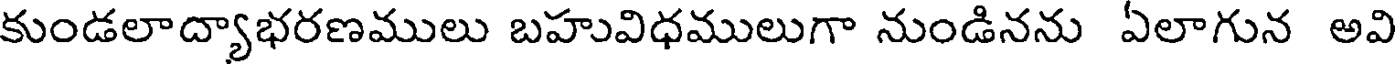
కుండలాద్యాభరణములు బహువిధములుగా నుండినను ఏలాగున అవి